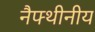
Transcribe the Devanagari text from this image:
नैफ्थीनीय